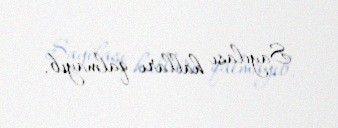
Sayılası halları qalmayıb.